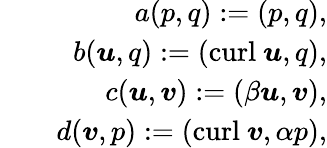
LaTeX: \begin{array}{rlr}&{}&{a({p},{q}):=({p},{q}),}\\ &{}&{b(\boldsymbol{u},{q}):=(\mathrm{curl}~\boldsymbol{u},{q}),}\\ &{}&{c(\boldsymbol{u},\boldsymbol{v}):=(\beta\boldsymbol{u},\boldsymbol{v}),}\\ &{}&{d(\boldsymbol{v},{p}):=(\mathrm{curl}~\boldsymbol{v},\alpha{p}),}\end{array}